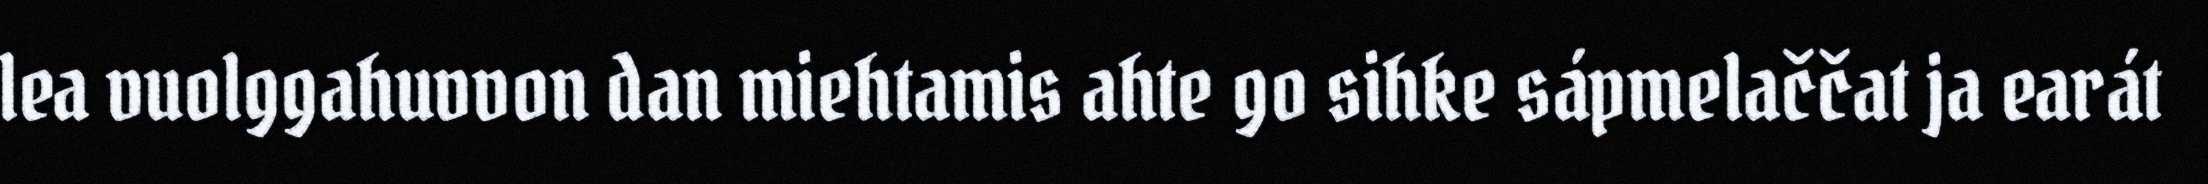
lea vuolggahuvvon dan miehtamis ahte go sihke sápmelaččat ja earát